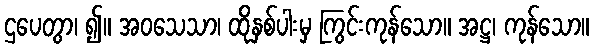
ဌပေတွာ၊ ၍။ အဝသေသာ၊ ထိုနှစ်ပါးမှ ကြွင်းကုန်သော။ အဋ္ဌ၊ ကုန်သော။